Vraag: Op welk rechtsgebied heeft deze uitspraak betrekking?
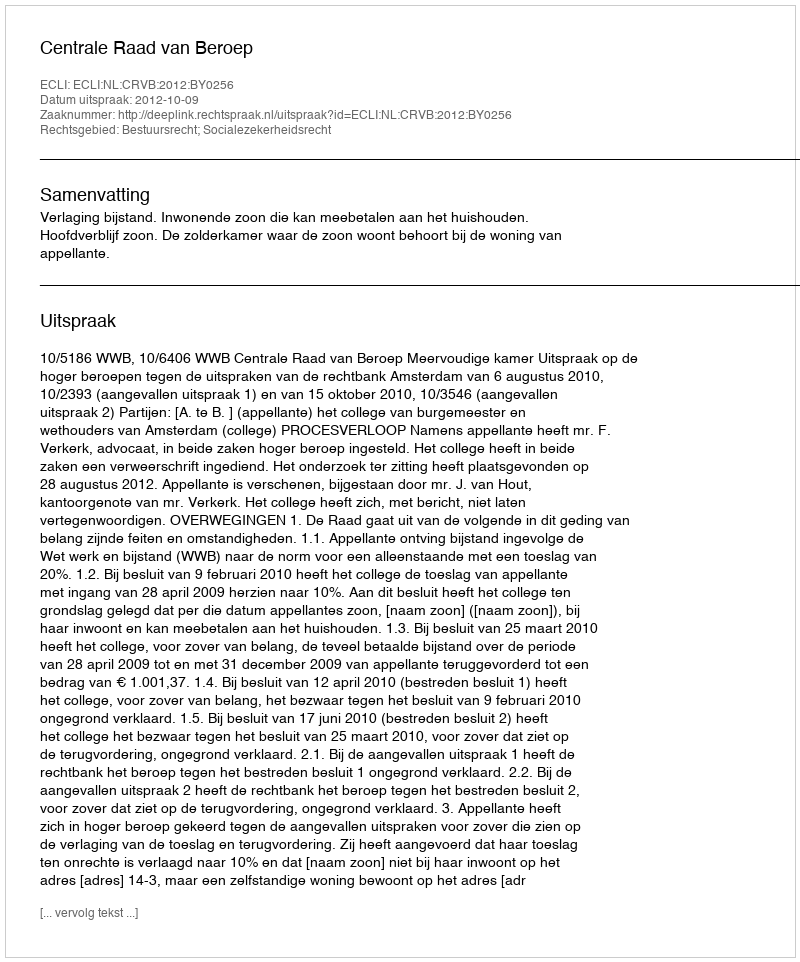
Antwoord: Bestuursrecht; Socialezekerheidsrecht